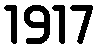
1917